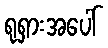
ရုရှားအပေါ်